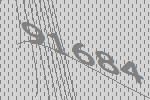
91684